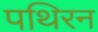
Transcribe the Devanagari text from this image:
पथिरन